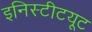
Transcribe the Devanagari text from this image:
इनिस्टीटयूट